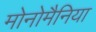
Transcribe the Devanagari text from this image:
मोनोमैनिया